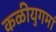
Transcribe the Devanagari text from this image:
कळीयुगमां